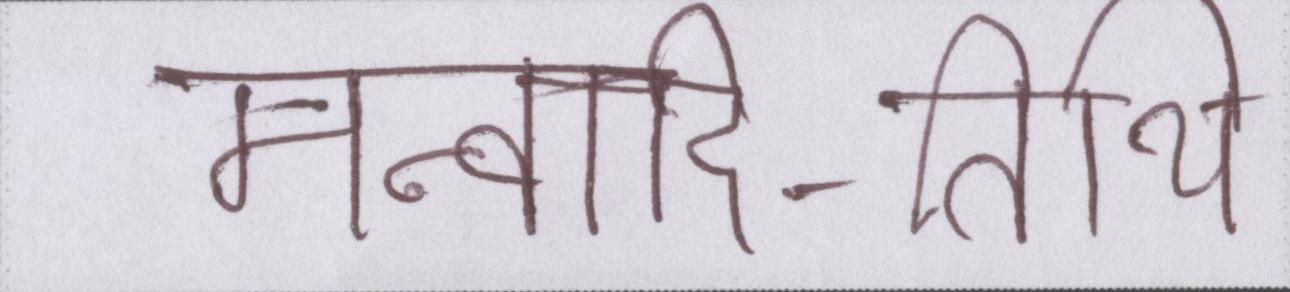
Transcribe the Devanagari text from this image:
मन्वादि-तिथि